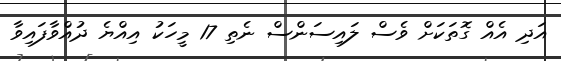
އަދި އެއް ގޮތަކަށް ވެސް ލައިސަންސް ނެތި 17 މީހަކު އިއްޔެ ދުއްވާފައިވާ